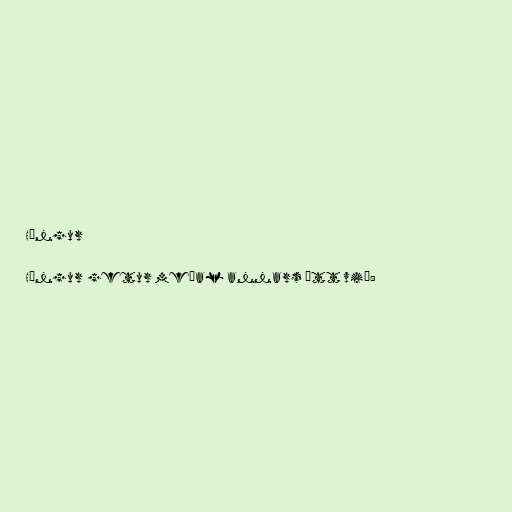
Hængur

Hængur getur meðal annars átt við: